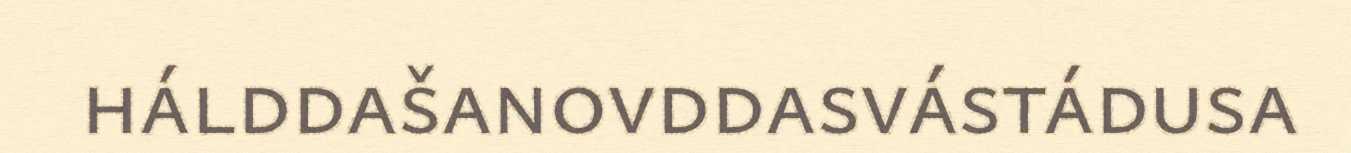
hálddašanovddasvástádusa